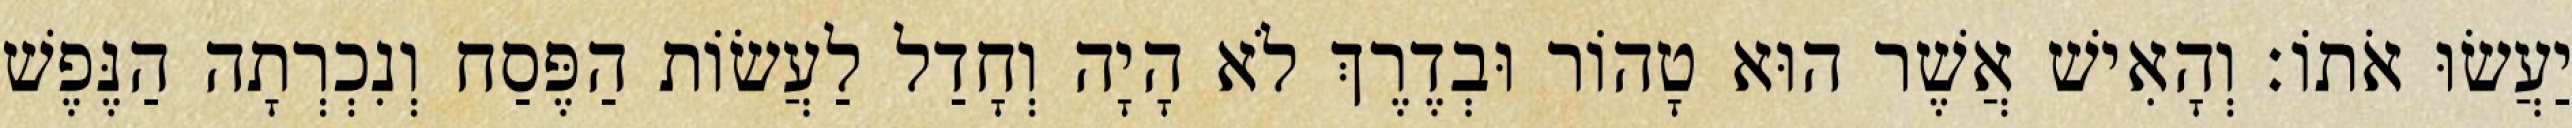
יַעֲשׂוּ אֹתוֹ׃ וְהָאִישׁ אֲשֶׁר הוּא טָהוֹר וּבְדֶרֶךְ לֹא הָיָה וְחָדַל לַעֲשׂוֹת הַפֶּסַח וְנִכְרְתָה הַנֶּפֶשׁ